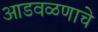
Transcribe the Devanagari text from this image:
आडवळणाचे